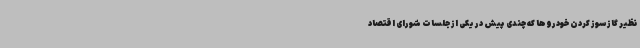
نظیر گازسوز کردن خودروها که چندی پیش در یکی از جلسات شورای اقتصاد